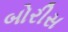
બોરીસ